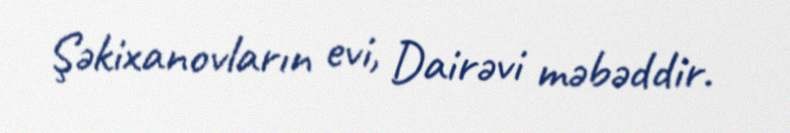
Şəkixanovların evi, Dairəvi məbəddir.